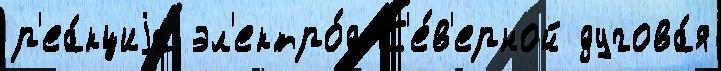
р'еа́кциjа эл'ектро́д С'е́в'ерной дугова́я